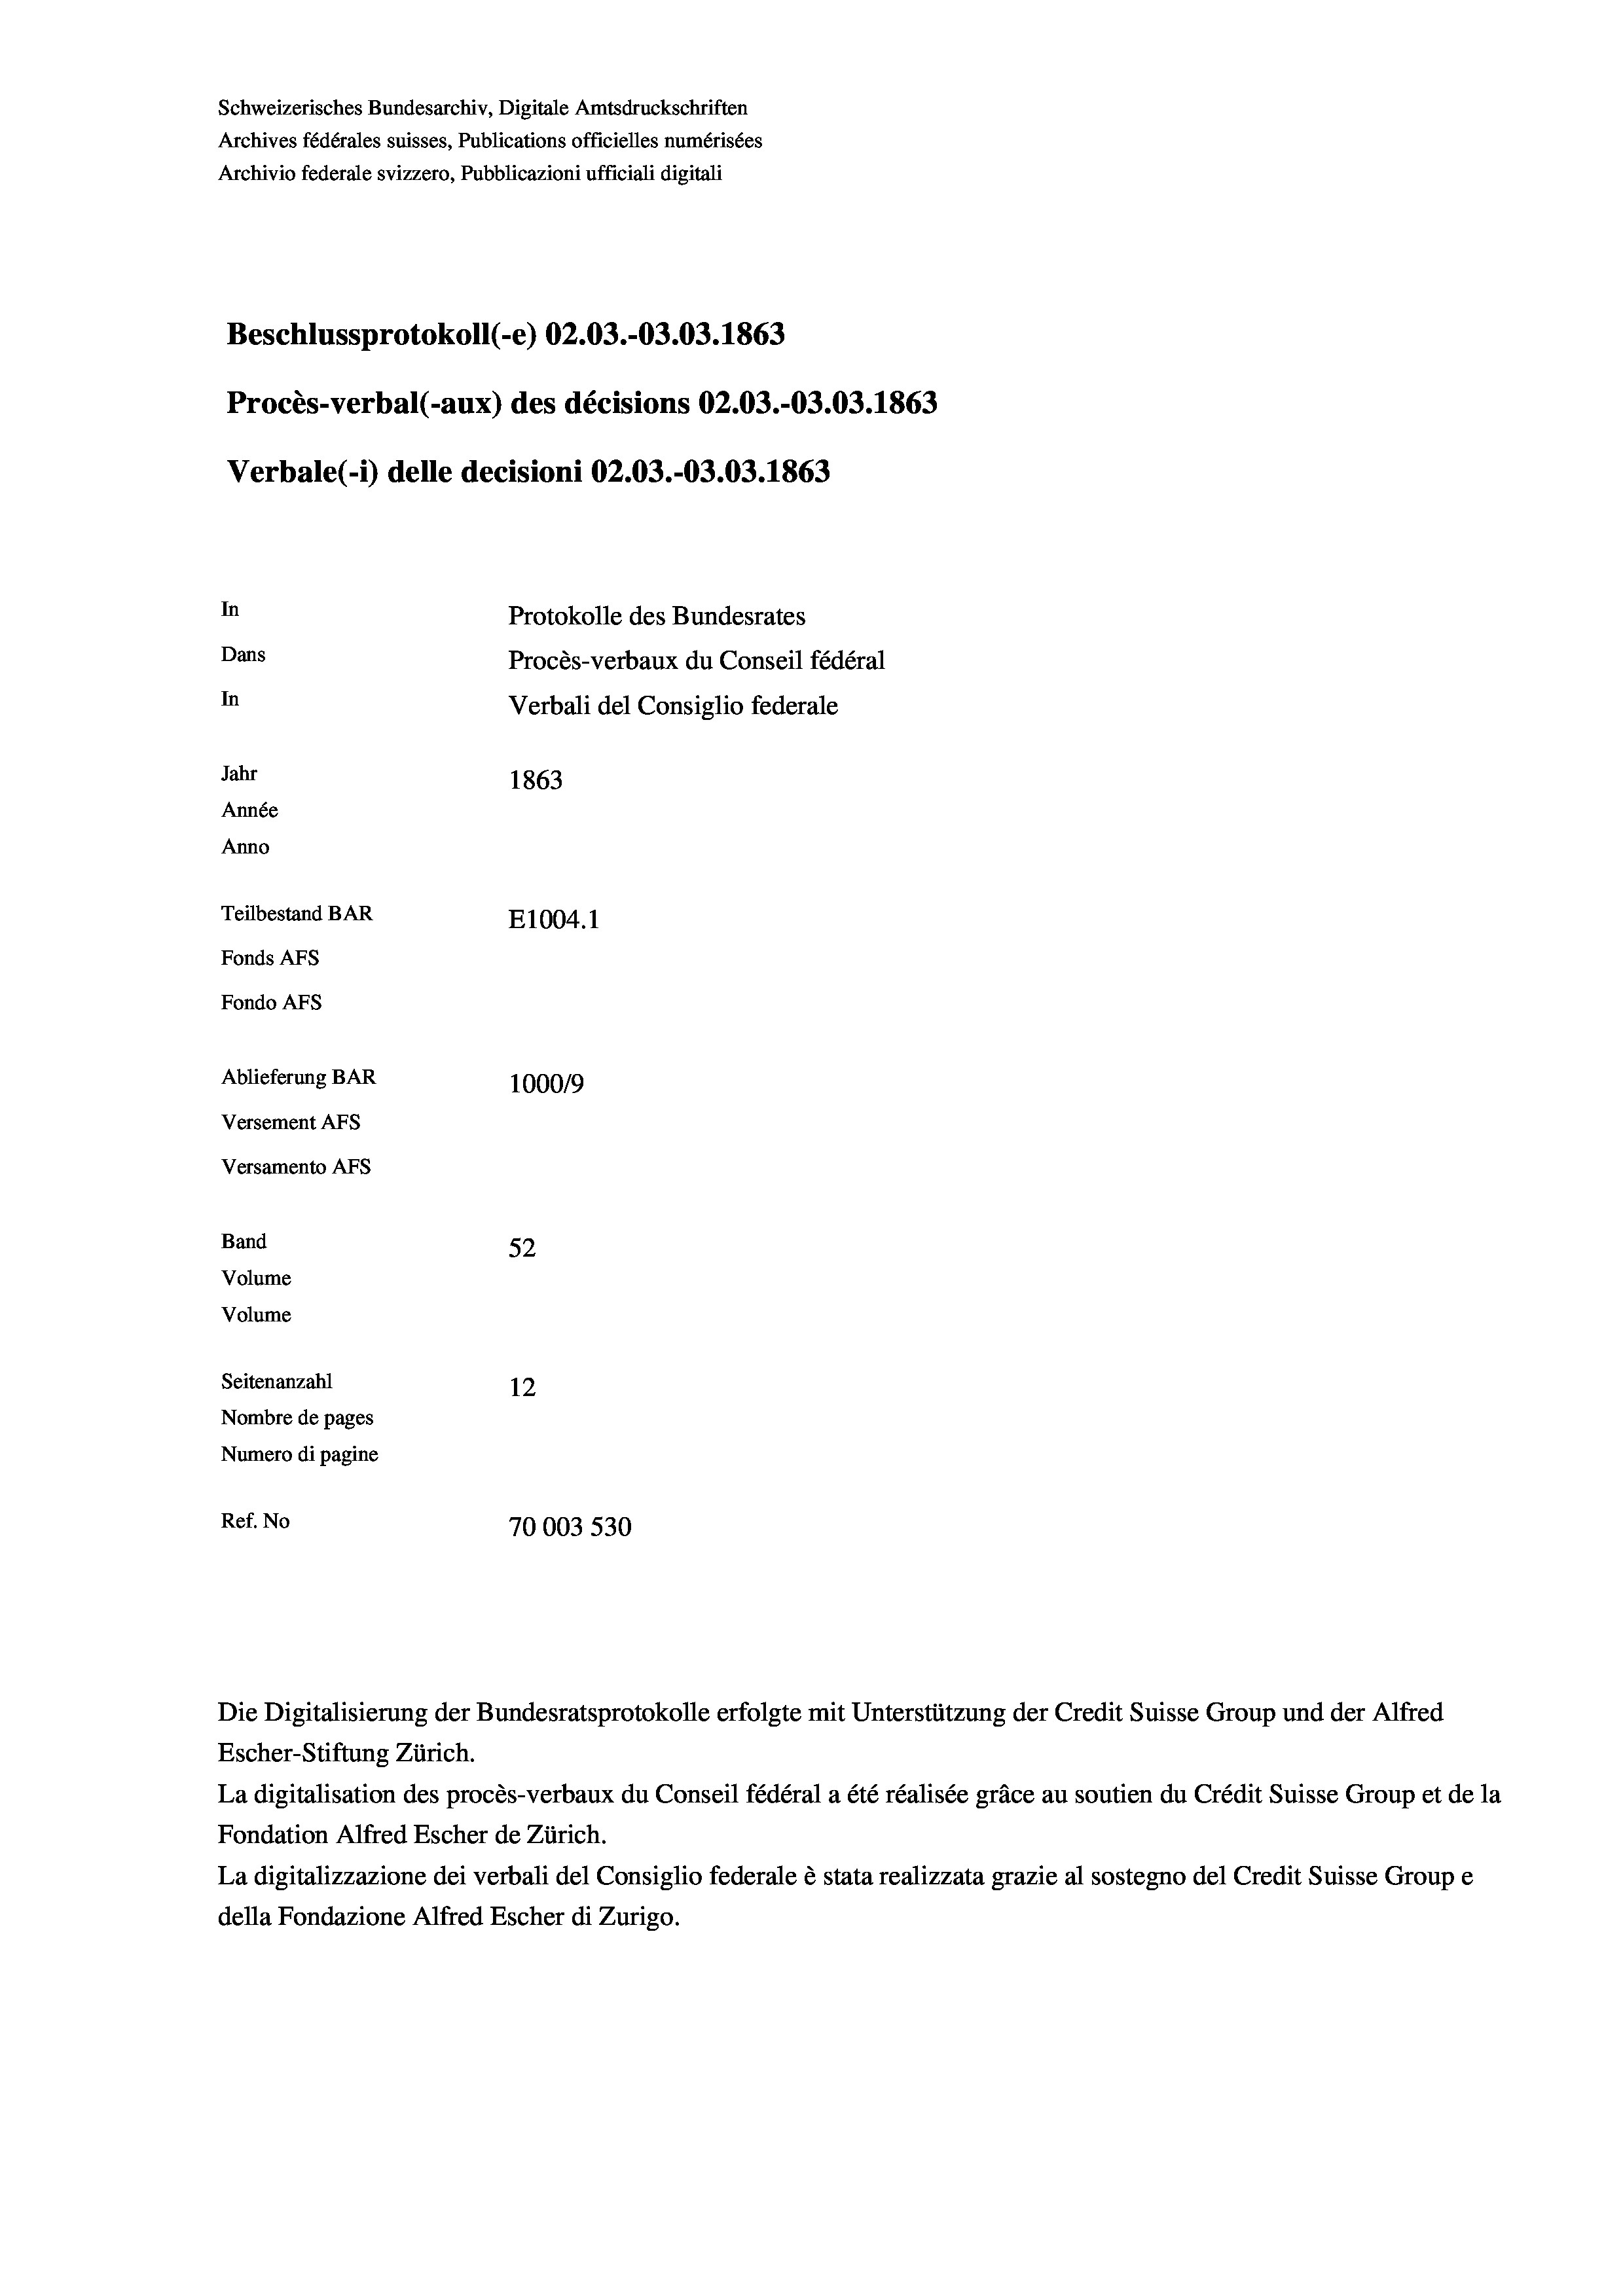
Schweizerisches Bundesarchiv, Digitale Amtsdruckschriften
Archives fédérales suisses, Publications officielles numérisées
Archivio federale svizzero, Pubblicazioni ufficiali digitali
Beschlussprotokoll (-e) 02.03.-03.03. 1863
Procès-verbal (-aux) des décisions 02.03.-03.03. 1863
Verbale (- 1) delle decisioni 02.03.-03.03. 1863
In
Protokolle des Bundesrates
Dans
Procès-verbaux du Conseil fédéral
In
Verbali del Consiglio federale
Jahr
1863
Année
Anno
Teilbestand BAR
E1004.1
Fonds AFs
Fondo AFS
Ablieferung BAR
1000/9
Versement AFs
Versamento AFs
Band
52
Volume
Volume
Seitenanzahl
12

Nombre de pages
Numero di pagine
Ref. No
70003 530

Escher-Stiftung Zürich.
La digitalisation des procès-verbaux du Conseil fédéral a été réalisée gräce au soutien du Crédit Suisse Group et de la
Fondation Alfred Escher de Zürich.
La digitalizzazione dei verbali del Consiglio federale è stata realizzata grazie al sostegno del Credit Suisse Groupe
della Fondazione Alfred Escher di Zurigo.

Die Digitalisierung der Bundesratsprotokolle erfolgte mit Unterstützung der Credit Suisse Group und der Alfred